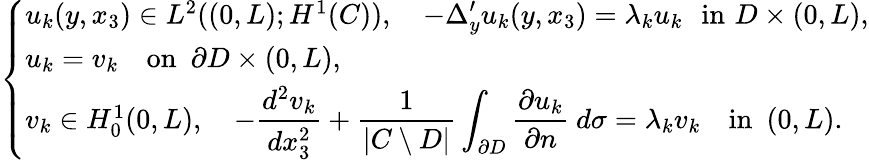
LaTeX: \left\{ \begin{array}{ll}{u_{k}(y,x_{3})\in L^{2}((0,L);H^{1}(C)),\quad\displaystyle-\Delta_{y}^{\prime}u_{k}(y,x_{3})=\lambda_{k}u_{k}\, \, \, \, \mathrm{in}\, \, D\times(0,L),}\\ {u_{k}=v_{k}\quad\mathrm{on}\, \, \, \partial D\times(0,L),}\\ {v_{k}\in H_{0}^{1}(0,L),\quad\displaystyle-\frac{d^{2}v_{k}}{dx_{3}^{2}}+\frac{1}{\vert C\setminus D\vert}\displaystyle\int_{\partial D}\frac{\partial u_{k}}{\partial n}\ d\sigma=\lambda_{k}v_{k}\quad\mathrm{in}\, \, \, (0,L).}\end{array}\right.